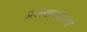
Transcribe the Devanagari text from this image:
प्रलेखनाज्ञाता